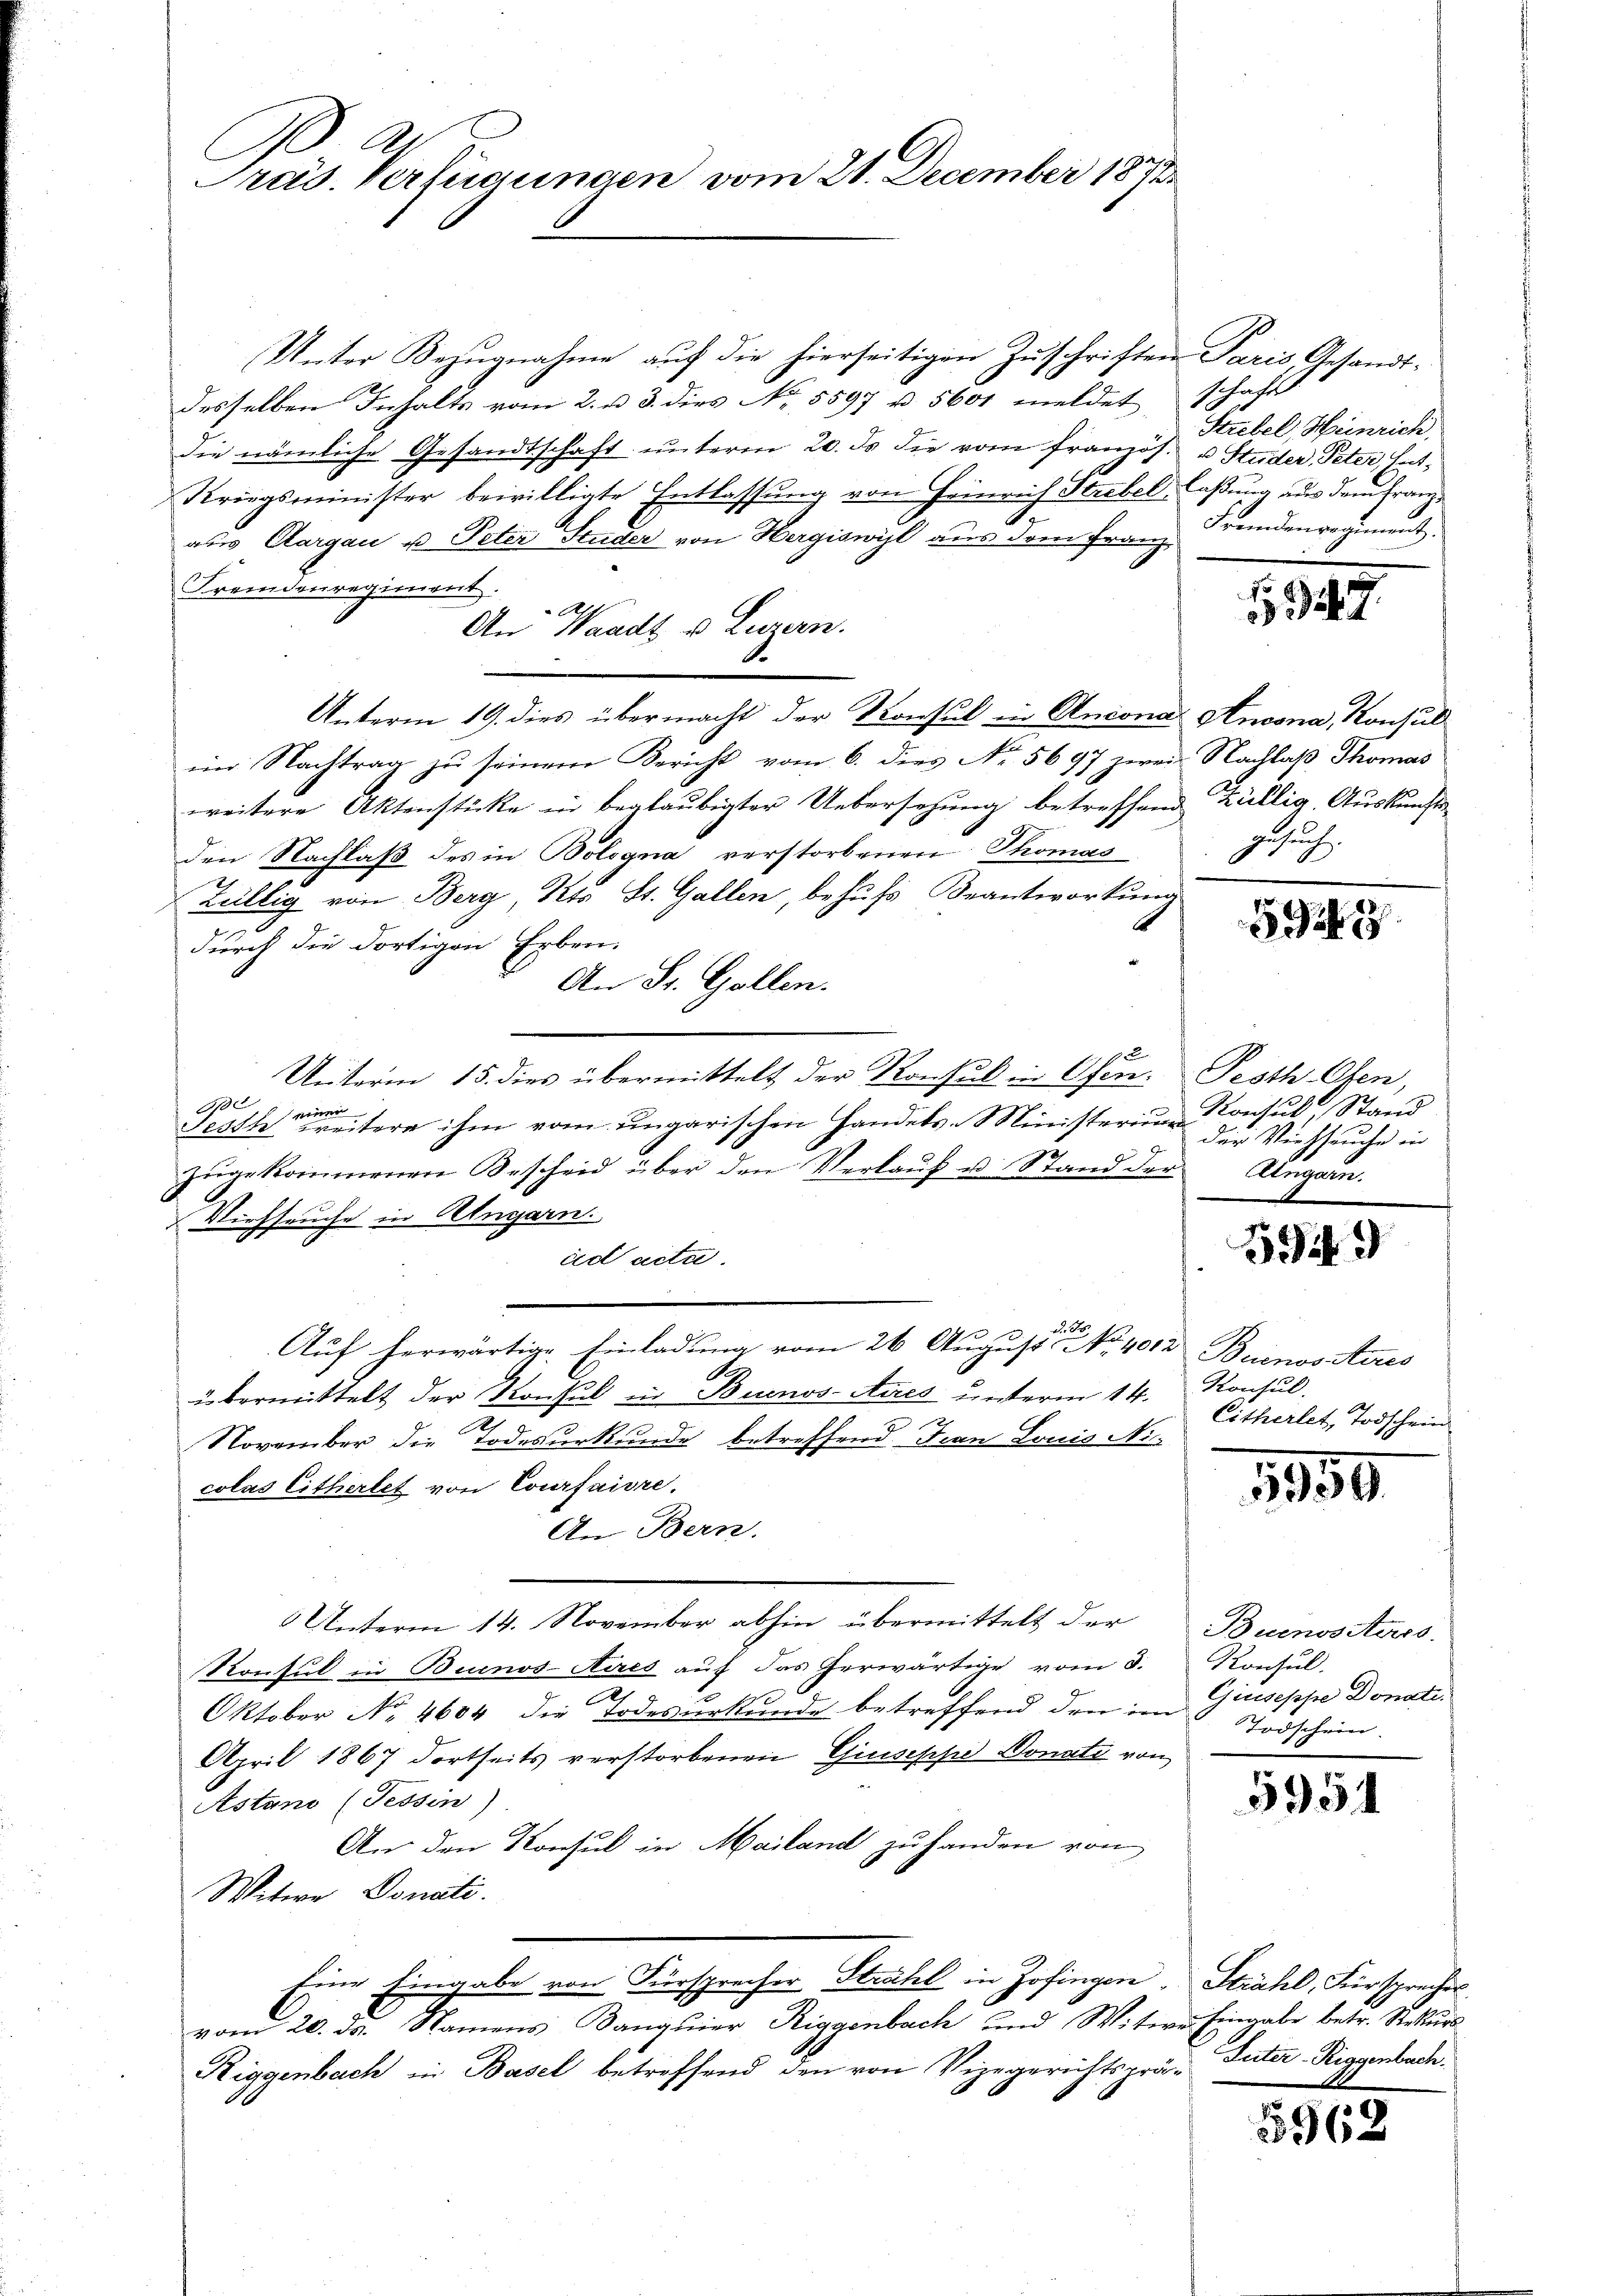
Präs. Verfügungen vom 21. December 1872

Unter Bezugnahme auf die hierseitigen Zuschriften Paris, Gesandtdesselben Inhalts vom 2. u. 3. dies No. 5597 u. 5601 meldet schaft
Die nämliche Gesandtschaft unterm 20. Js. die vom französ. u Studer, Peter, Ent¬
Kriegsminister bewilligte Entlassung von Heinrich Strebel, laßung aus dem Franzaus Aargau u. Peten Studer von Hergiswyl aus dem Franz Fründenregiment
Fremdenregiment.
A
An Waadt u. Luzern.
Unterm 19. dies übermacht der Konsul in Ancona Ancona, Konsul
im Nachtrag zu seinem Bericht vom 6. dies Nr. 5697 zwei Nachlaß Thomas
weitere Aktenstücke in beglaubigter Uebersehung betreffend
den Nachlaß des in Bologna verstorbenen Thomas
Züllig von Berg, Kts. St. Gallen, behufs Beantwortung
durch die dortigen Erben.
An St. Gallen.
1
Unterm 15. dies übermittelt der Konsul in Ofen. Pesth Oben,
100
Festhetere ihm vom ungarischen Handels-Ministerium Konsul, Stand
zugekommenen Bescheid über den Verlauf u. Stand der
Ich zu
Viehseuche in Ungarn.
ad actu
Auf herwärtige Einladung vom 26. August der No. 4012
übermittelt der Konsul in Buenos-Ayres unterm 14.
November die Todesurkunde betreffend Frau Louis Niecolas Eitherlet von Courfaire.
An Bern.
5 Unterm 14. November abhin übermittelt der
Konsul in Buenos-Aires auf das herwärtige vom 3. Konsul,
2
Oktober No. 4604 die Todesurkunde betreffend den in Giuseppe Donati
April 1867 dortseits verstorbenen Giuseppe Donate von
Astano (Tessin)
An den Konsul in Mailand zu handen von
Witwe Donati
Eine Eingabe von Fürsprecher Stuchel in Zofingen. Strahl, Fürspreches
vom 20. ds. Namens Banquier Riggenbach und Witwe Eingabe betr. Rekurs
Riggenbach in Basel betreffend den von Vizegerichtsprä¬

Strebel, Heinrich

tung

47

Züllig, Auskünfte
gesuch.

5923

Der Verbruche in
Augarn.

5549

Buenositires
Konsul.
Citherlet, Todschein

3959

Buenossers.
Todschein

5951

Suter-Riggenbach.

5962